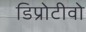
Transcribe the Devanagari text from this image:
डिप्रोटीवो